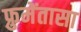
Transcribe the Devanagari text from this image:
फ्रुमेंतासा